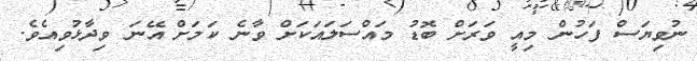
ނުވިޔަސް ފަހުން މިއީ ވަރަށް ބޮޑު މައްސަލައަކަށް ވާނެ ކަމަށް އޭނަ ވިދާޅުވިއެވެ.